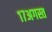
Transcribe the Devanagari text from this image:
१७अगस्त